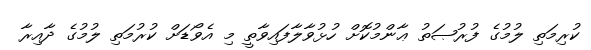
ކުރިމަތި ލުމުގެ ފުރުޞަތު ޢާންމުކޮށް ހުޅުވާލާފައިވާތީ މި އެވޯޑަށް ކުރުމަތި ލުމުގެ ދާއިރާ